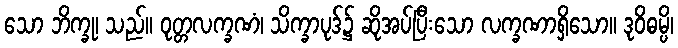
သော ဘိက္ခု၊ သည်။ ဝုတ္တလက္ခဏံ၊ သိက္ခာပုဒ်၌ ဆိုအပ်ပြီးသော လက္ခဏာရှိသော။ ဒုဝိဓမ္ပိ၊